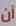
أن